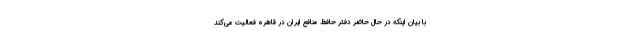
با بیان اینکه در حال حاضر دفتر حافظ منافع ایران در قاهره فعالیت می‌کند